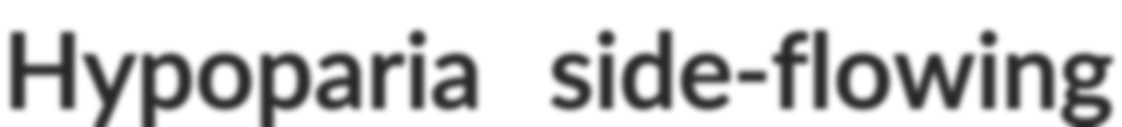
Hypoparia side-flowing